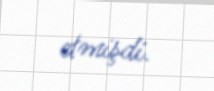
etmişdi.